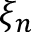
\xi _ { n }